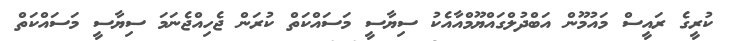
ކުރީގެ ރައީސް މައުމޫން އަބްދުލްގައްޔޫމްއާއެކު ސިޔާސީ މަސައްކަތް ކުރަން ޖެހިއްޖެނަމަ ސިޔާސީ މަސައްކަތް